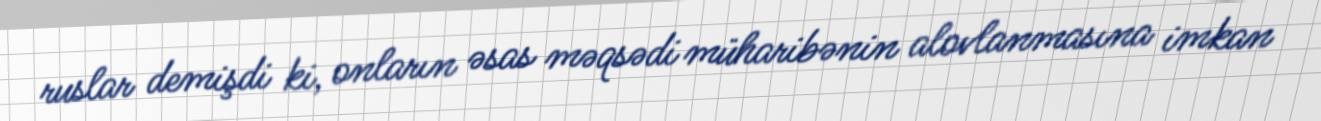
ruslar demişdi ki, onların əsas məqsədi müharibənin alovlanmasına imkan